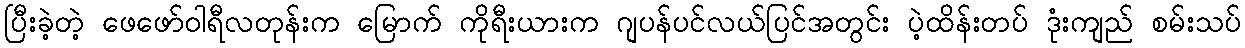
ပြီးခဲ့တဲ့ ဖေဖော်ဝါရီလတုန်းက မြောက် ကိုရီးယားက ဂျပန်ပင်လယ်ပြင်အတွင်း ပဲ့ထိန်းတပ် ဒုံးကျည် စမ်းသပ်